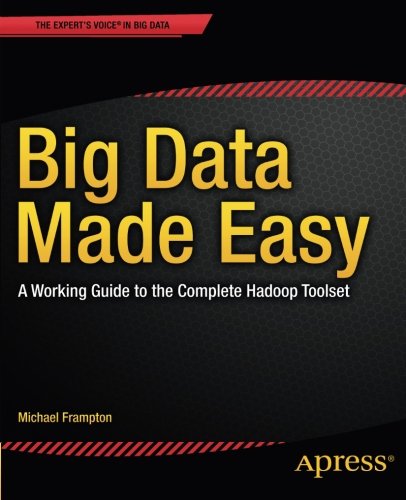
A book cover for Big Data Made Easy: A Working Guide to the Complete Hadoop Toolset; Michael Frampton; Business & Money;